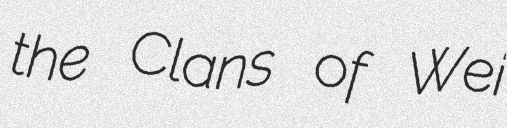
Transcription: the Clans of Wei